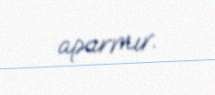
aparmır.